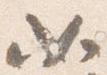
如